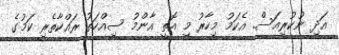
އަދި ނުކުރިއަސް. އެކަމު މިހާރު މި އޮތީ އާންމު ސިއްހަތު ރައްކާތެރި ކަމުގެ